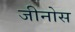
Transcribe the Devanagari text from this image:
जीनोस